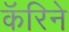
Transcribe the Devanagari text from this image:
कॅरिने